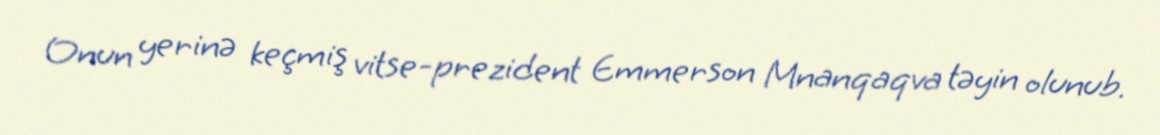
Onun yerinə keçmiş vitse-prezident Emmerson Mnanqaqva təyin olunub.